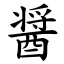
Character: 醤